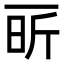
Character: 㪽